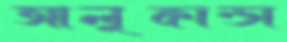
আলুকান্ডা